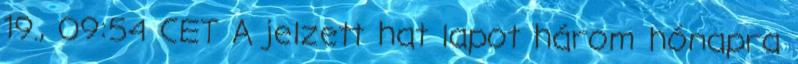
19., 09:54 CET A jelzett hat lapot három hónapra